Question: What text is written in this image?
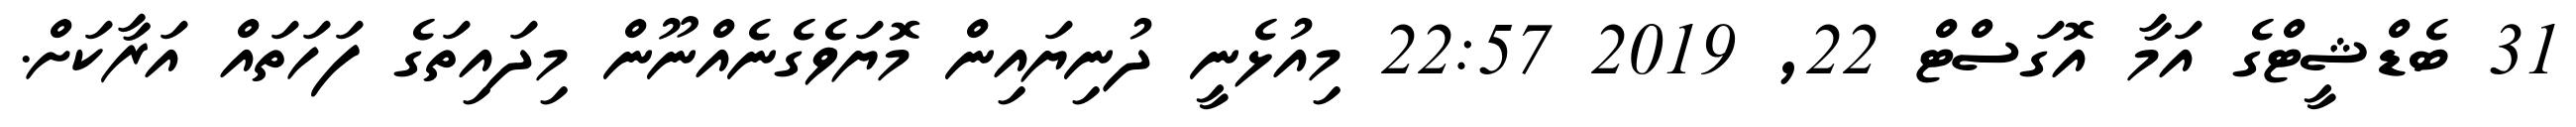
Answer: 31 ބެޑްޝީޓްގެ އަމާ އޮގަސްޓް 22, 2019 22:57 މިއުޅެނީ ދުނިޔައިން މޮޔަވެގެނެއްނޫން މިދައިތަގެ ފަހަތައް އަރާކަށް.